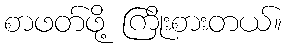
စာဖတ်ဖို့ ကြိုးစားတယ်။